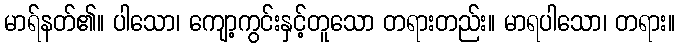
မာရ်နတ်၏။ ပါသော၊ ကျော့ကွင်းနှင့်တူသော တရားတည်း။ မာရပါသော၊ တရား။